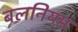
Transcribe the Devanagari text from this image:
बलनियम